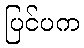
ပြင်ပက